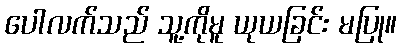
ပေါလက်သည် သူ့ကိုမူ ယုယခြင်း မပြု။